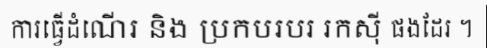
ការធ្វើដំណើរ និង ប្រកបរបរ រកស៊ី ផងដែរ ។